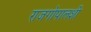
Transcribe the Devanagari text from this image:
राजगोपालशी